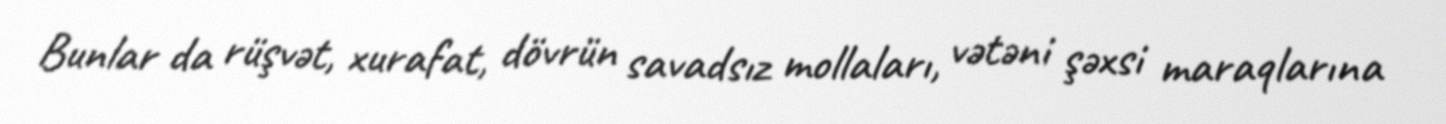
Bunlar da rüşvət, xurafat, dövrün savadsız mollaları, vətəni şəxsi maraqlarına